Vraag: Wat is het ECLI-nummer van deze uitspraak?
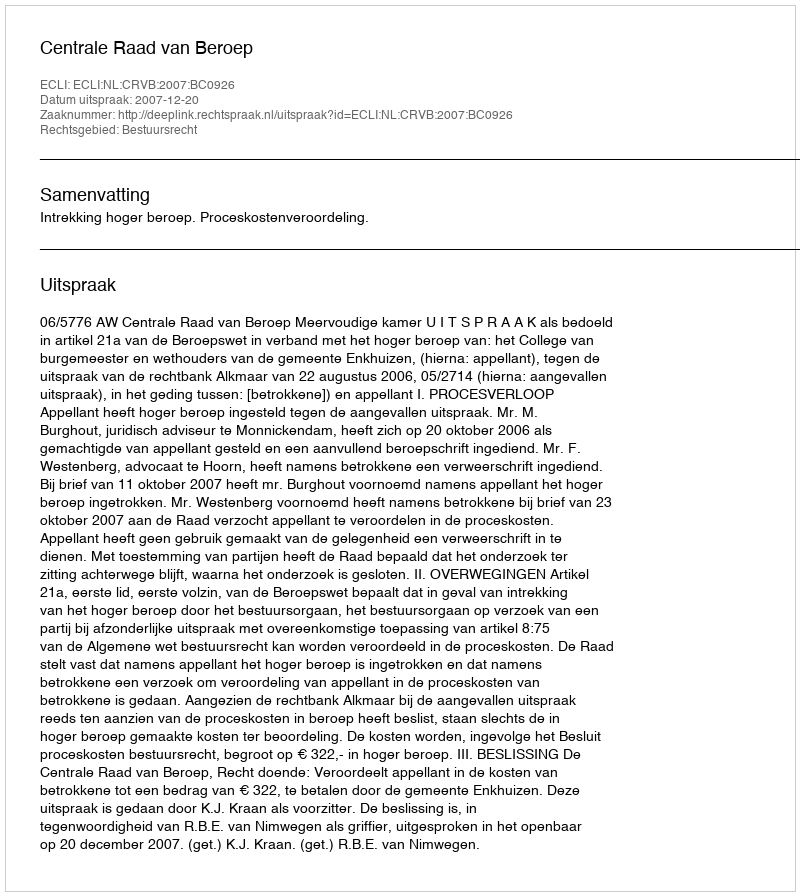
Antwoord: ECLI:NL:CRVB:2007:BC0926